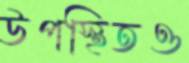
উপস্থিতও